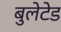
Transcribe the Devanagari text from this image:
बुलेटेड